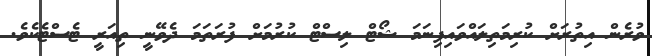
ވުރެން އިތުރަށް ކުރިމަތިލައްވައިފިނަމަ ޝޯޓް ލިސްޓް ކުރުމަށް ފުރަތަމަ ދެވޭނީ ތިއަރީ ޓެސްޓެކެވެ.